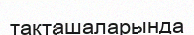
тақташаларында